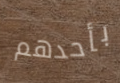
بأحدهم